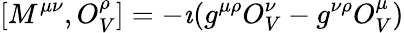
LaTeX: [M^{\mu\nu},O_{V}^{\rho}]=-\imath(g^{\mu\rho}O_{V}^{\nu}-g^{\nu\rho}O_{V}^{\mu})